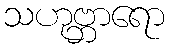
သဟုဗ္ဘာရော